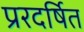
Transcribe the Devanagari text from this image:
प्ररदर्षित